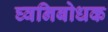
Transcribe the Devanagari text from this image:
घ्वनिबोधक